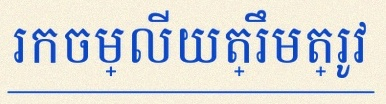
រកចម្លើយត្រឹមត្រូវ